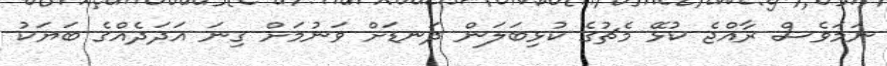
ނަމަވެސް ރާއްޖެ ކުޅޭ މެޗުގެ ކުޅިބަލަން ދަނޑަށް ވަނުމަށް ގިނަ އަދަދެއްގެ ބަޔަކު